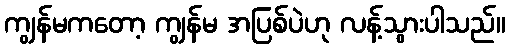
ကျွန်မကတော့ ကျွန်မ အပြစ်ပဲဟု လန့်သွားပါသည်။